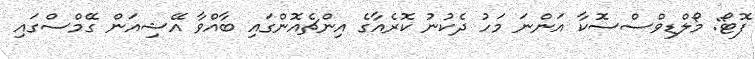
ފޮޓޯ: މޯލްޑިވްސްސޮކާ އަންނަ މަހު ދެކުނު ކޮރެއާގެ އިންޗެއޮންގައި ބާއްވާ އޭޝިއަން ގޭމްސްގައި